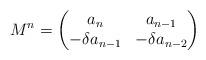
LaTeX: \begin{align*}M^n =\begin{pmatrix}a_n & a_{n-1} \\- \delta a_{n-1} & - \delta a_{n-2}\end{pmatrix}\end{align*}